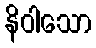
နိဝါသော